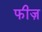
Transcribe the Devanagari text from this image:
फीज़